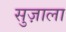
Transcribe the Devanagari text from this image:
सुज़ाला